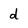
Character: d